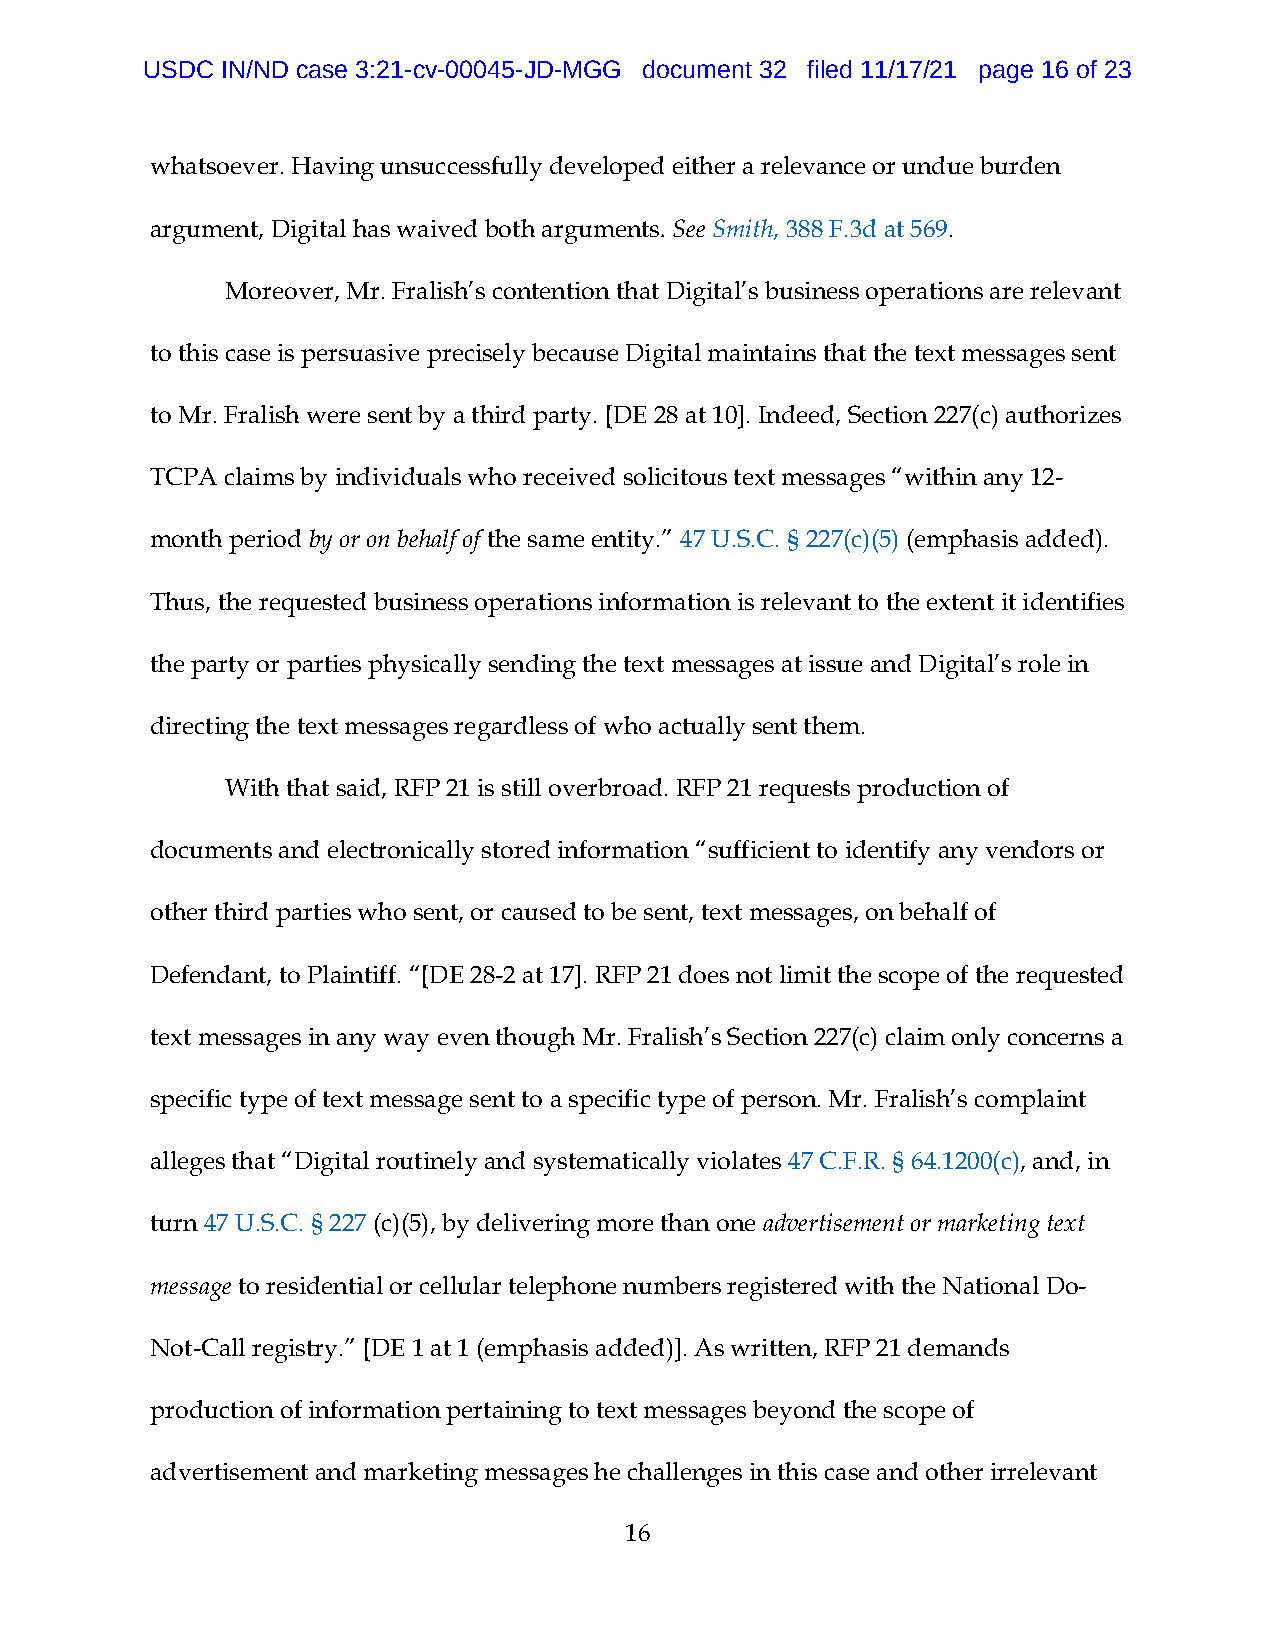
USDC  IN/ND case 3:21-cv-00045-JD-MGG document 32 filed 11/17/21 page 16 of 23
 whatsoever. Having unsuccessfully developed either a relevance or undue burden
 argument, Digital has waived both arguments. See Smith, 388 F.3d at 569.
 Moreover, Mr. Fralish’s contention that Digital’s business operations are relevant
 to this case is persuasive precisely because Digital maintains that the text messages sent
 to Mr. Fralish were sent by a third party. [DE 28 at 10]. Indeed, Section 227(c) authorizes
 TCPA claims by individuals who received solicitous text messages “within any 12-
 month period by or on behalf of the same entity.” 47 U.S.C. § 227(c)(5) (emphasis added).
 Thus, the requested business operations information is relevant to the extent it identifies
 the party or parties physically sending the text messages at issue and Digital’s role in
 directing the text messages regardless of who actually sent them.
 With that said, RFP 21 is still overbroad. RFP 21 requests production of
 documents and electronically stored information “sufficient to identify any vendors or
 other third parties who sent, or caused to be sent, text messages, on behalf of
 Defendant, to Plaintiff. “[DE 28-2 at 17]. RFP 21 does not limit the scope of the requested
 text messages in any way even though Mr. Fralish’s Section 227(c) claim only concerns a
 specific type of text message sent to a specific type of person. Mr. Fralish’s complaint
 alleges that “Digital routinely and systematically violates 47 C.F.R. § 64.1200(c), and, in
 turn 47 U.S.C. § 227 (c)(5), by delivering more than one advertisement or marketing text
 message to residential or cellular telephone numbers registered with the National Do-
 Not-Call registry.” [DE 1 at 1 (emphasis added)]. As written, RFP 21 demands
 production of information pertaining to text messages beyond the scope of
 advertisement and marketing messages he challenges in this case and other irrelevant
 16